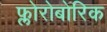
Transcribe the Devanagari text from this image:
फ्लोरोबोरिक